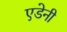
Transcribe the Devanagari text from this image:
एडेनी